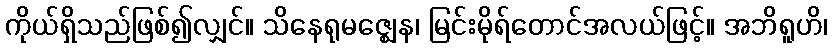
ကိုယ်ရှိသည်ဖြစ်၍လျှင်။ သိနေရုမဇ္ဈေန၊ မြင်းမိုရ်တောင်အလယ်ဖြင့်။ အဘိရူဟိ၊